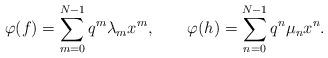
LaTeX: \begin{align*}\varphi(f)=\sum_{m=0}^{N-1}q^{m}\lambda_{m}x^{m},\;\;\;\;\;\;\; \varphi(h)=\sum_{n=0}^{N-1}q^{n}\mu_{n}x^{n}.\end{align*}